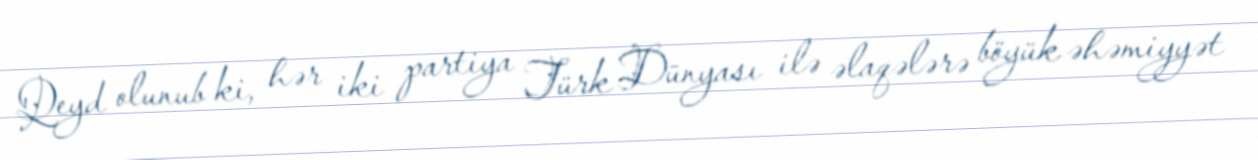
Qeyd olunub ki, hər iki partiya Türk Dünyası ilə əlaqələrə böyük əhəmiyyət